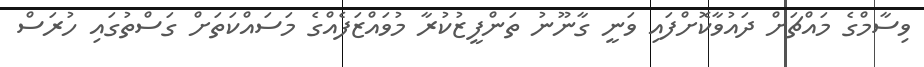
ވިސާމްގެ މައްޗަށް ދައުވާކޮށްފައި ވަނީ ގާނޫނު ތަންފީޒުކުރާ މުވައްޒަފެއްގެ މަސައްކަތަށް ގަސްތުގައި ހުރަސް